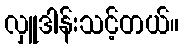
လှူဒါန်းသင့်တယ်။